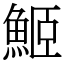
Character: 䱌